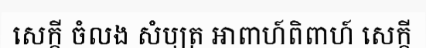
សេក្តី ចំលង សំបុត្រ អាពាហ៍ពិពាហ៍ សេក្តី